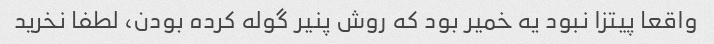
واقعا پیتزا نبود یه خمیر بود که روش پنیر گوله کرده بودن، لطفا نخرید